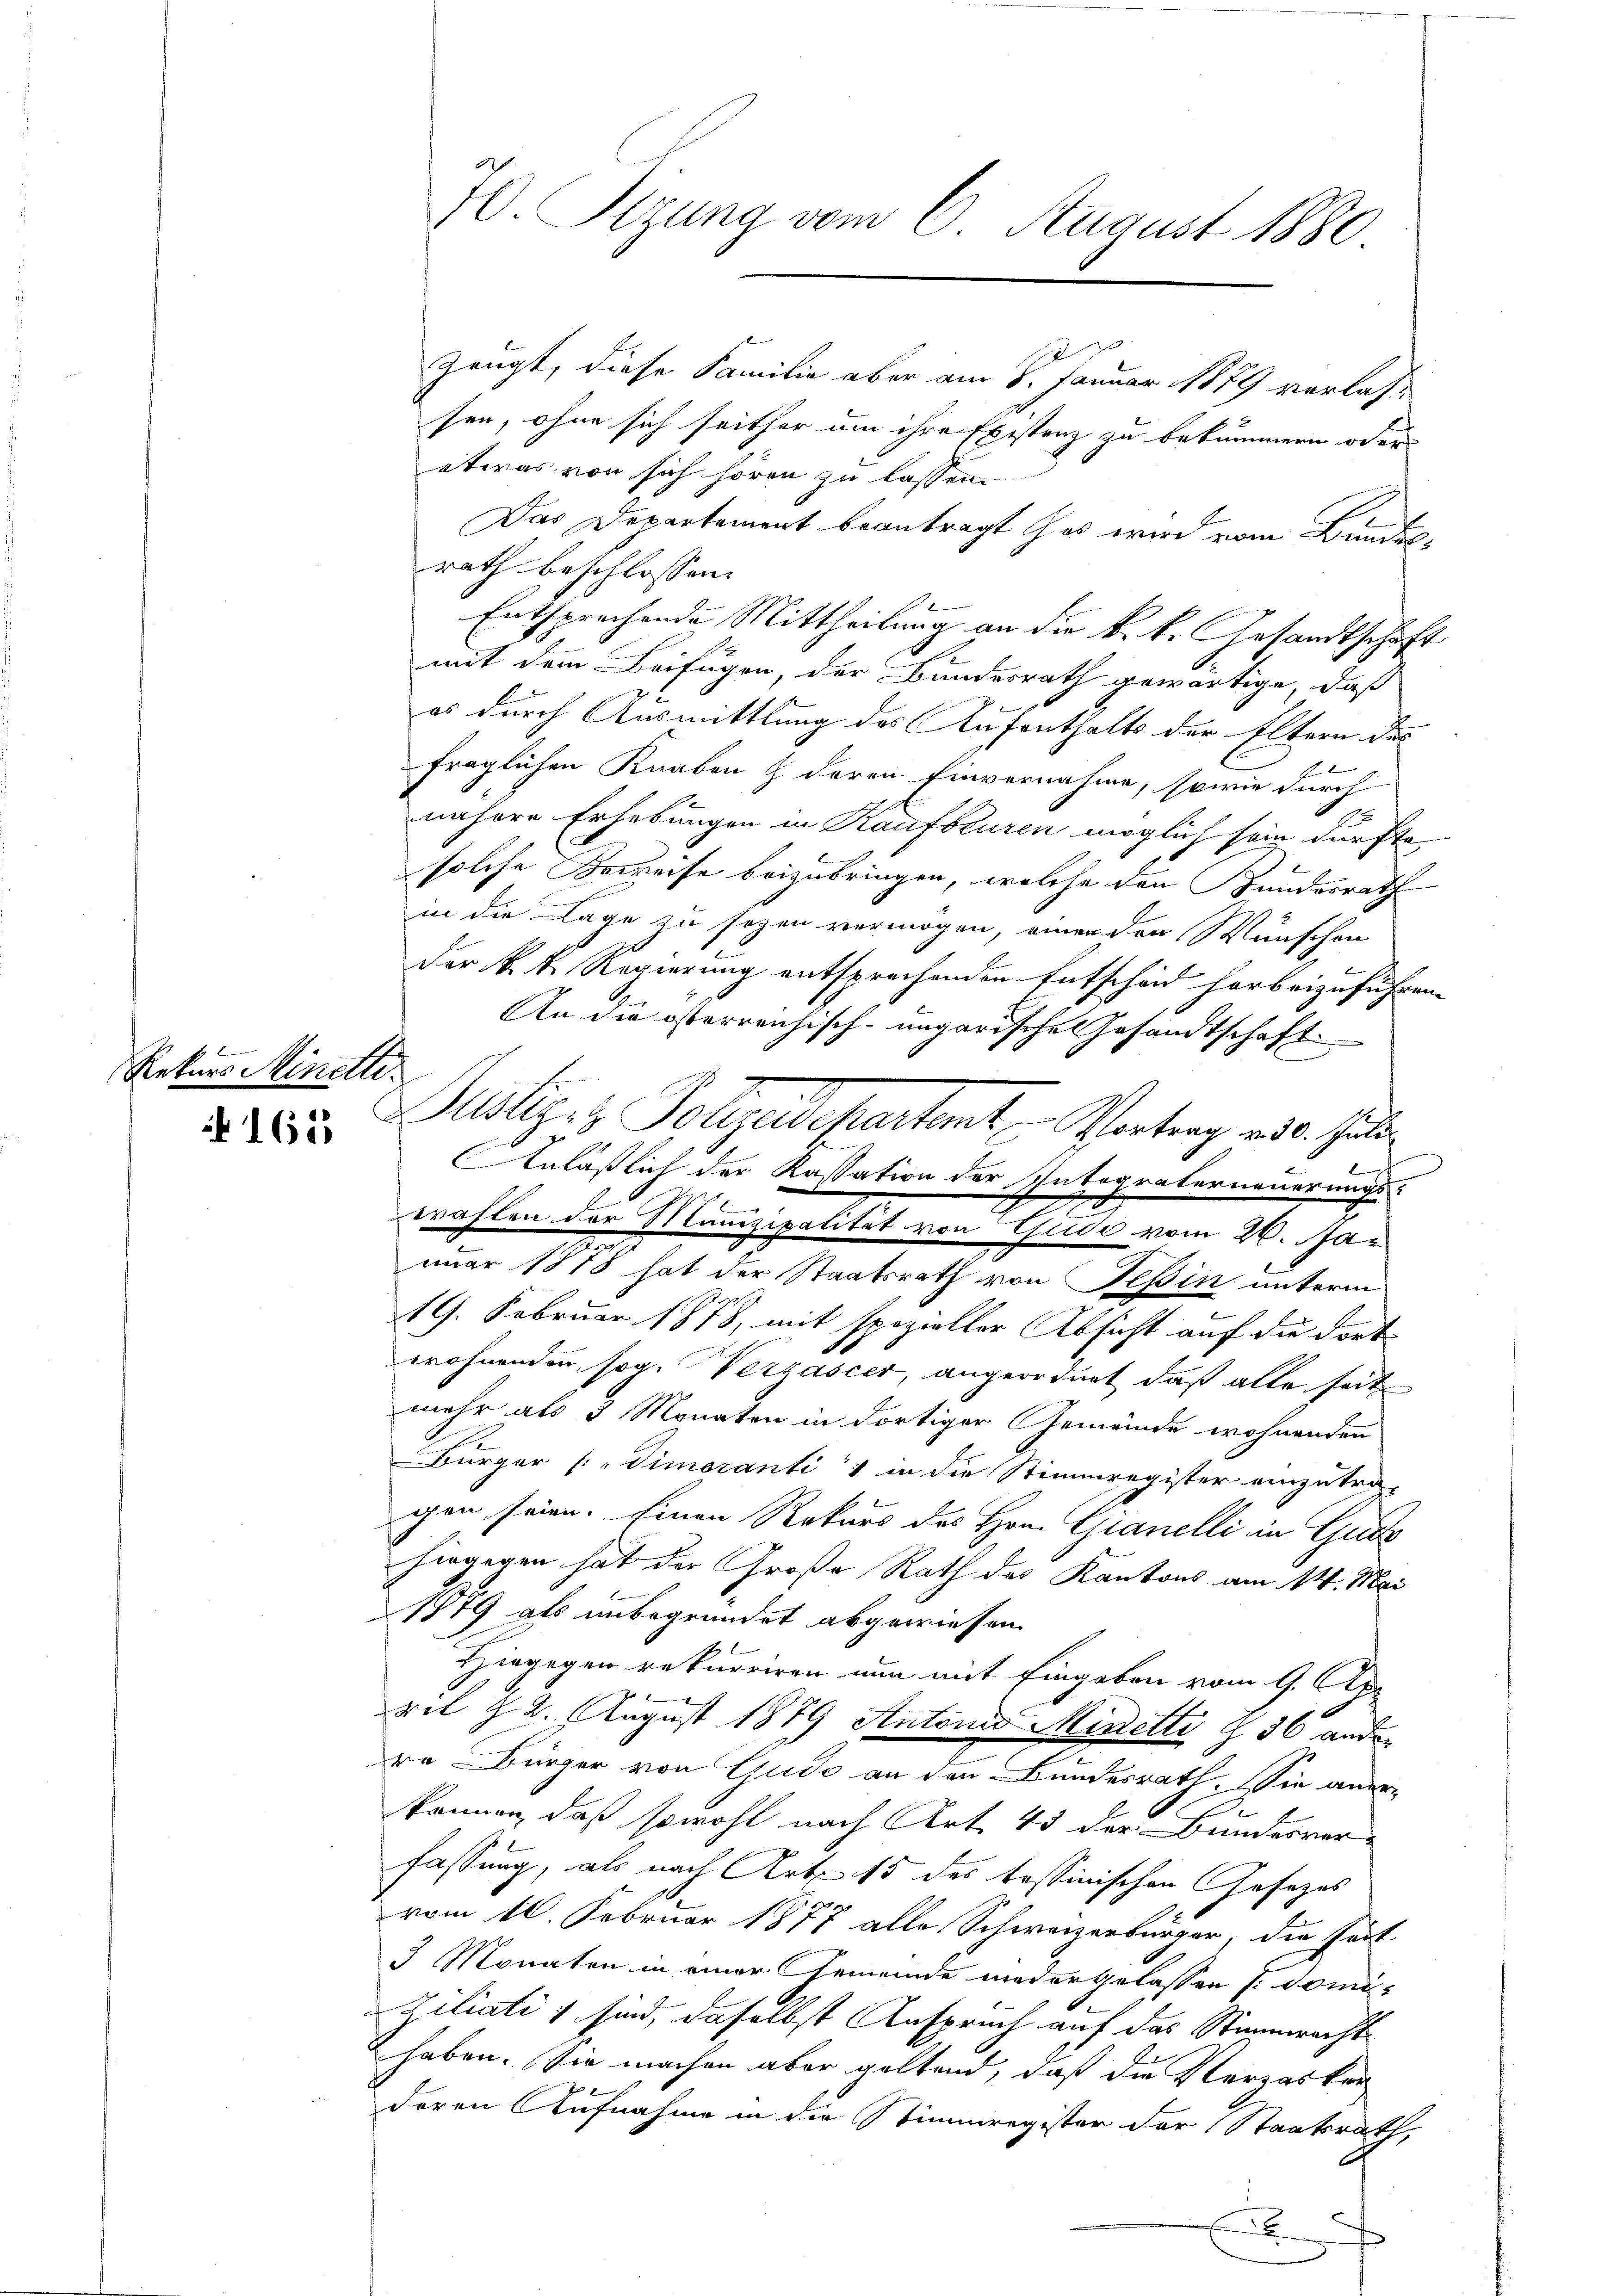
e
Rekurs Minetter

165

zeugt, diese Familie aber am 8. Januar 1879 verlassen, ohne sich seither am ihre Existenz zu bekümmern oder |
etwas von sich hören zu lassen.
Das Departement beantragt hat wird vom Bundesrath beschlossen:
Entsprechende Mittheilung an die k. k. Gesandtschaft
mit dem Beifügen, der Bundesrath gewärtige, daß
es durch Ausmittlung des Aufenthalts der Eltern des
2
fraglichen Knaben & deren Einvernahme, sowie durch
E
nähere Erhebungen in Kaufbluren möglich sein dürfte
solche Beweise beizubringen, welche den Kundesrath
in die Lage zu sezen vermögen, einer den Wünschen
der k. k. Regierung entsprechenden Entscheid herbeizuführen.
An die österreichisch-ungarische Gesandtschaft
Justiz- & Polizeidepartant, Vertrag an d. hat
Anläßlich der Kassation der Integraterneuerungswahlen der Manizipalität von Gude vom 22. Januar 1878 hat der Staatsrath von Teßin unterm
e
19. Februar 1878, mit spezieller Absicht auf die dort
1
wohnenden sog. Verzascer, angeordnet, daß alle seit
mehr als 3 Monaten in dortiger Gemeinde wohnenden
Bürger (: "Dimoranti 1 in die Stimmregister einzutra-
gen seien. Einen Rekurs des Hrn. Granelli in Gude
hingegen hat der Große Rath des Kantons am 14. Mai
1879 als unbegründet abgewiesen.
Hiegegen rekurriren nun mit Eingaben vom 9. Apr
d
ril 12. August 1879 Antonis Minetti § 36 ander
re Bürger von Gudo an den Bundesrath. Sie aner-
können, daß sowohl nach Art. 43 der Bundesverfassung, als nach Art. 15 des tessinischen Gesezes
vom 16. Februar 1877 alle Schweizerbürger, die seit
3 Monaten in einer Gemeinde niedergelassen s. Domi-
Ziliatis sind, daselbst Anspruch auf das Stimmrecht
haben. Sie machen aber geltend, daß die Verzasken
deren Aufnahme in die Stimmregister der Staatsrath,
E

70 Sizung vom 6. August 1880